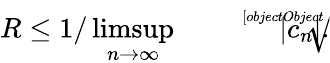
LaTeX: R\leq 1/\operatorname*{limsup}_{n\rightarrow\infty}{\sqrt[[objectObject]]{|c_{n}|}}.